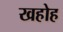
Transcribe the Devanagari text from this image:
खहोह